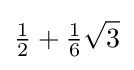
{\tfrac {1}{2}}+{\tfrac {1}{6}}{\sqrt {3}}